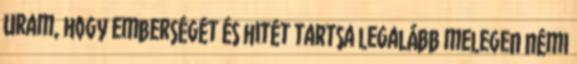
Uram, hogy emberségét és hitét tartsa legalább melegen némi